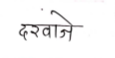
मजकूर: दरवाजे